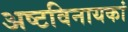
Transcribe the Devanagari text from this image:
अष्टविनायकां